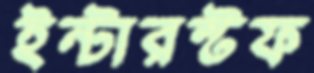
ইন্টারস্টফ